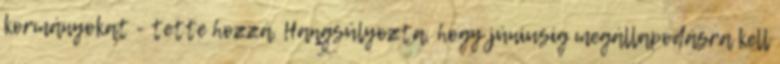
kormányokat - tette hozzá. Hangsúlyozta, hogy júniusig megállapodásra kell